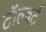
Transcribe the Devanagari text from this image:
टॉल्बर्ट